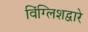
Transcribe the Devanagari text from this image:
विंग्लिशद्वारे